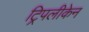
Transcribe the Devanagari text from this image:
ट्रिपलीकेन